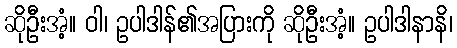
ဆိုဦးအံ့။ ဝါ၊ ဥပါဒါန်၏အပြားကို ဆိုဦးအံ့။ ဥပါဒါနာနိ၊